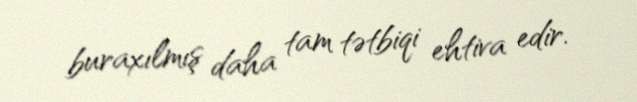
buraxılmış daha tam tətbiqi ehtiva edir.